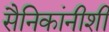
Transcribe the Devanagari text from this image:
सैनिकांनीशी